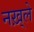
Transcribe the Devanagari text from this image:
नख़्ले